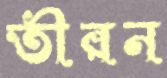
তীরন